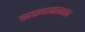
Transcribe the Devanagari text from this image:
व्यख्यानात्मक